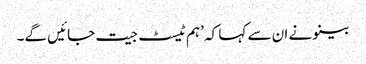
بینو نے ان سے کہا کہ ’ہم ٹیسٹ جیت جائیں گے۔